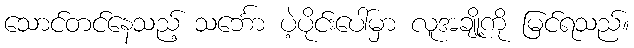
သောင်တင်နေသည့် သင်္ဘော ပဲ့ပိုင်းပေါ်မှာ လူအချို့ကို မြင်ရသည်။